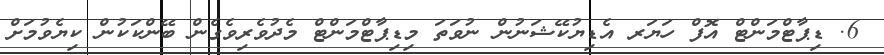
6. ޑިޕާޓްމަންޓް އޮފް ހަޔަރ އެޑިޔުކޭޝަނުން ނުވަތަ މިޑިޕާޓްމަންޓް މެދުވެރިވެގެން ބޭންކަކުން ކިޔެވުމަށް